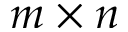
m \times n